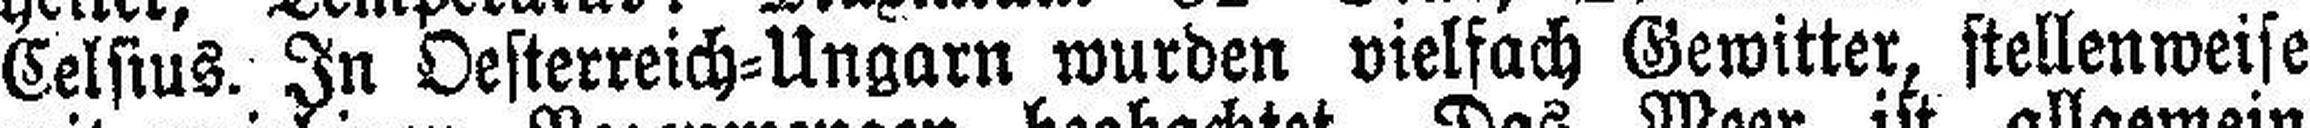
Celsius. In Oesterreich=Ungarn wurden vielfach Gewitter, stellenweise